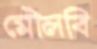
মৌলবি